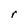
Character: r